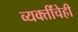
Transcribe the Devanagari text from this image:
व्यक्तींचेही